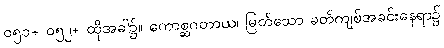
၀၅၁+ ၀၅၂+ ထိုအခါ၌။ ကောစ္ဆဂတာယ၊ မြတ်သော ခတ်ကျစ်အခင်းနေရာ၌